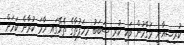
ކުރިޝިއާނީ މަގާމުން ވަކި ކުރި ސަބަބު މިހަފުތާގެ ތެރޭގައި ހާމަ ކުރާނެ ކަމަށް